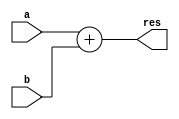
module Adder (a, b, res);
    parameter N = 32;

    input [N-1:0] a, b;
    output [N-1:0] res;

    assign res = a + b;
endmodule